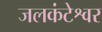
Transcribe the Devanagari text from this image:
जलकंटेश्वर